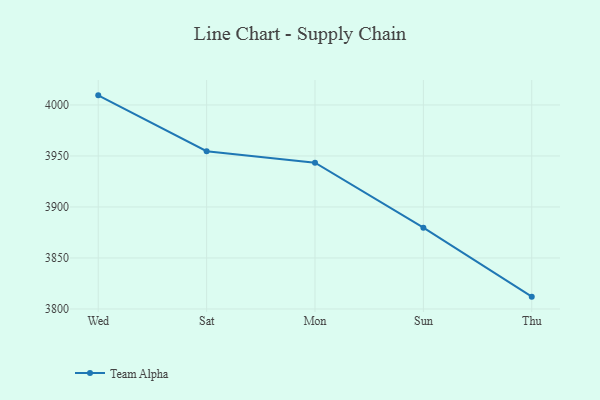
{"axis": {"x": "Day", "y": "Headcount"}, "legend": ["Team Alpha"], "data": [{"x": "Wed", "y": 4009.4, "type": "Team Alpha"}, {"x": "Sat", "y": 3954.7, "type": "Team Alpha"}, {"x": "Mon", "y": 3943.4, "type": "Team Alpha"}, {"x": "Sun", "y": 3879.7, "type": "Team Alpha"}, {"x": "Thu", "y": 3812.1, "type": "Team Alpha"}]}